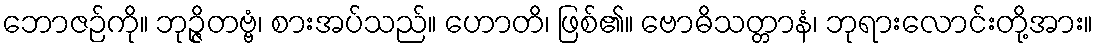
ဘောဇဉ်ကို။ ဘုဉ္ဇိတဗ္ဗံ၊ စားအပ်သည်။ ဟောတိ၊ ဖြစ်၏။ ဗောဓိသတ္တာနံ၊ ဘုရားလောင်းတို့အား။